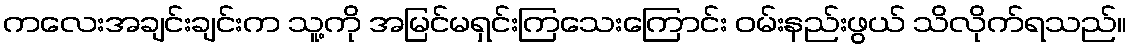
ကလေးအချင်းချင်းက သူ့ကို အမြင်မရှင်းကြသေးကြောင်း ဝမ်းနည်းဖွယ် သိလိုက်ရသည်။